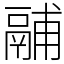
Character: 鬴